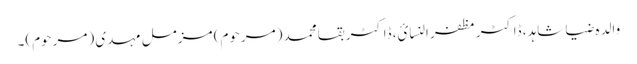
والدہ ضیا شاہد، ڈاکٹر مظفر النسائ، ڈاکٹر بقا محمد (مرحوم) مزمل مہدی (مرحوم)۔